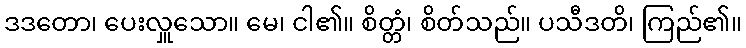
ဒဒတော၊ ပေးလှူသော။ မေ၊ ငါ၏။ စိတ္တံ၊ စိတ်သည်။ ပသီဒတိ၊ ကြည်၏။